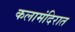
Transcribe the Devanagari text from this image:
कलामंदिरात